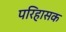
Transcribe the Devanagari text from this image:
परिहासक